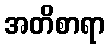
အတိစာရာ